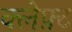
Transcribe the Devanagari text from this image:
क्लेफ़्ट